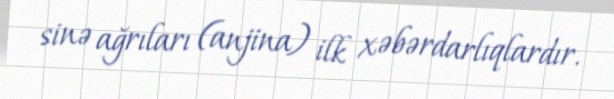
sinə ağrıları (anjina) ilk xəbərdarlıqlardır.